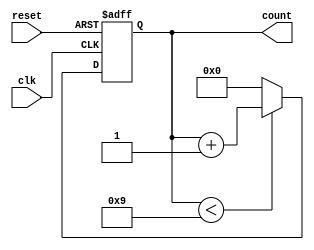
module BCD_Counter (
    input wire clk,         // Clock signal
    input wire reset,       // Asynchronous reset signal
    output reg [3:0] count  // 4-bit output for BCD count
);

    // Always block to implement the counter behavior
    always @(posedge clk or posedge reset) begin
        // Check for reset condition
        if (reset) begin
            count <= 4'b0000; // Reset count to 0
        end else begin
            // Increment count if it's less than 9
            if (count < 4'b1001) begin
                count <= count + 1;
            end else begin
                // Reset to 0 if count is 9
                count <= 4'b0000;
            end
        end
    end

endmodule